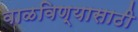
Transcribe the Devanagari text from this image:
वाळविण्यासाठी